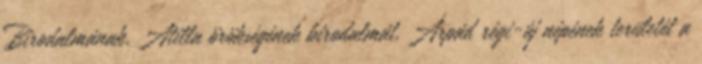
Birodalmának, Atilla örökségének birodalmát, Árpád régi-új népének területét a